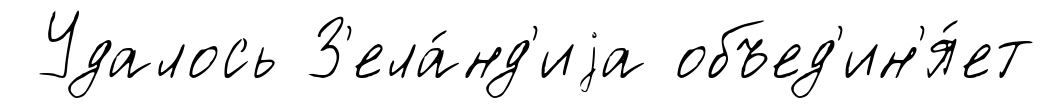
Удалось З'ела́нд'иjа объед'ин'я́ет